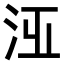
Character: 𣳋